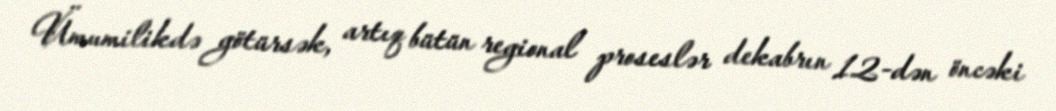
Ümumilikdə götürsək, artıq bütün regional proseslər dekabrın 12-dən öncəki